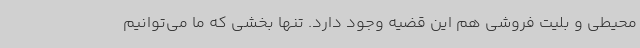
محیطی و بلیت فروشی هم این قضیه وجود دارد. تنها بخشی که ما می‌توانیم